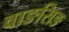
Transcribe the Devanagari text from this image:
वाङसिङ